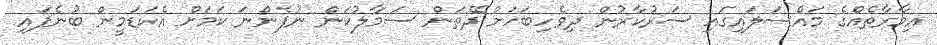
އިމާރާތެއްގެ މައްސަލައިގައި ސަރުކާރުން ދިވެހިބަހަށް ދޭތަން ސަމާލުކަން ނުފެންނަ ކަމަށް އެކަޑަމީން ބުނެފައި